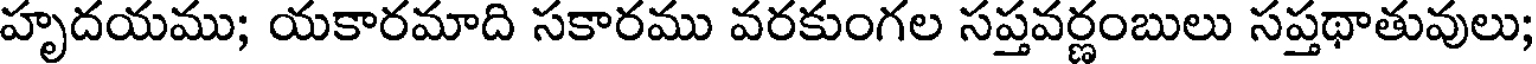
హృదయము; యకారమాది సకారము వరకుంగల సప్తవర్ణంబులు సప్తథాతువులు;